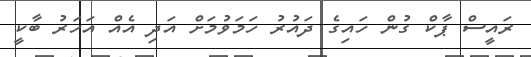
ރައީސް ޕާކް ގުން ހައިގެ ދައުރު ހަމަވުމަށް އަދި އެއް އަހަރު ބާކީ